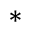
^ *